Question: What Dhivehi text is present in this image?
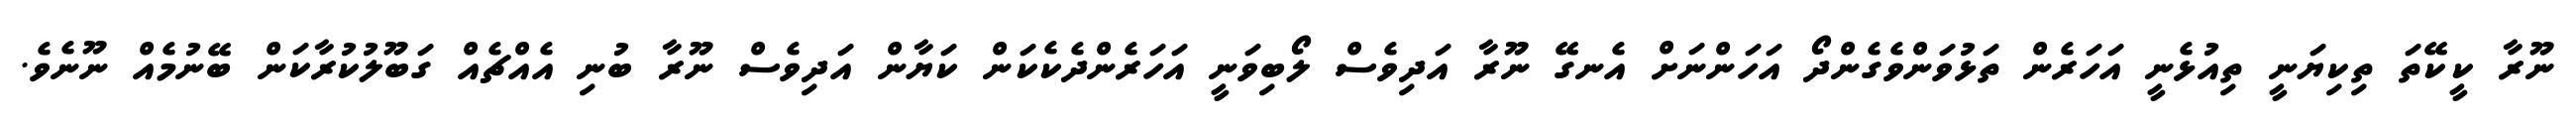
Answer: ނޫރާ ކީކޭތަ ތިކިޔަނީ ތިއުޅެނީ އަހަރެން ތަޅުވަންވެގެންދޯ އަހަންނަށް އެނގޭ ނޫރާ އަދިވެސް ލޯބިވަނީ އަހަރެންދެކެކަން ކަޔާން އަދިވެސް ނޫރާ ބުނި އެއްޗެއް ގަބޫލުކުރާކަން ބޭނުމެއް ނޫނެވެ.